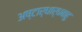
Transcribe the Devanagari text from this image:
अष्टार्धार्धबाहु